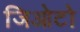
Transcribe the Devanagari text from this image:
जिओटो